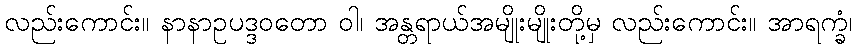
လည်းကောင်း။ နာနာဥပဒ္ဒဝတော ဝါ၊ အန္တရာယ်အမျိုးမျိုးတို့မှ လည်းကောင်း။ အာရက္ခံ၊